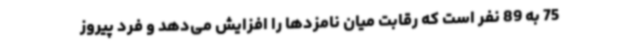
75 به 89 نفر است که رقابت میان نامزدها را افزایش می‌دهد و فرد پیروز